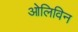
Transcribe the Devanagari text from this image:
ओलिविन